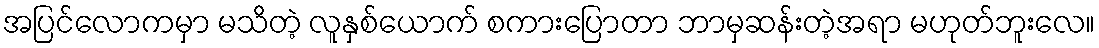
အပြင်လောကမှာ မသိတဲ့ လူနှစ်ယောက် စကားပြောတာ ဘာမှဆန်းတဲ့အရာ မဟုတ်ဘူးလေ။